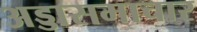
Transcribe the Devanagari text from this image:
अड्डासमाचार